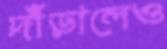
দাঁড়ালেও